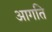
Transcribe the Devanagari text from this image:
आगति